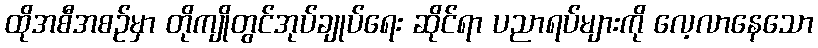
ထိုအစီအစဉ်မှာ တိုကျိုတွင်အုပ်ချုပ်ရေး ဆိုင်ရာ ပညာရပ်များကို လေ့လာနေသော